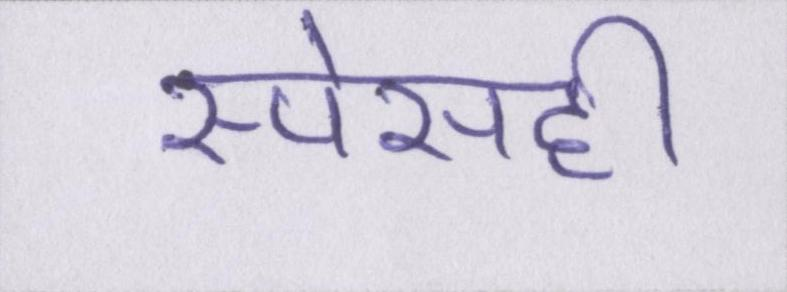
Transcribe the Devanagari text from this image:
स्पेसही